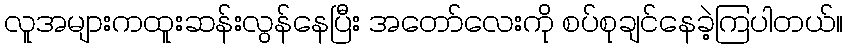
လူအများကထူးဆန်းလွန်နေပြီး အတော်လေးကို စပ်စုချင်နေခဲ့ကြပါတယ်။